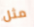
مثل